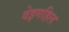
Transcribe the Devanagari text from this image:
वेइगहिल